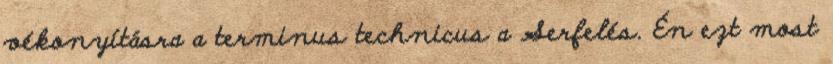
vékonyításra a terminus technicus a Serfelés. Én ezt most